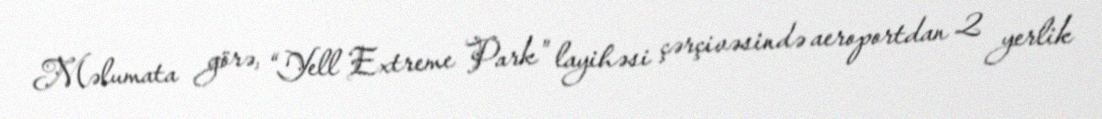
Məlumata görə, “Yell Extreme Park” layihəsi çərçivəsində aeroportdan 2 yerlik